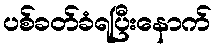
ပစ်ခတ်ခံရပြီးနောက်